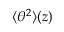
\langle \theta ^ { 2 } \rangle ( z )